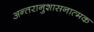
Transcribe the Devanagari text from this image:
अन्तरानुशासनात्मक